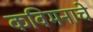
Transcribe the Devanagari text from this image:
कविमनाचे